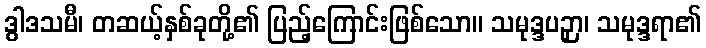
ဒွါဒသမီ၊ တဆယ့်နှစ်ခုတို့၏ ပြည့်ကြောင်းဖြစ်သော။ သမုဒ္ဒပဉှာ၊ သမုဒ္ဒရာ၏